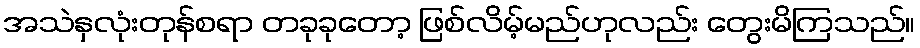
အသဲနှလုံးတုန်စရာ တခုခုတော့ ဖြစ်လိမ့်မည်ဟုလည်း တွေးမိကြသည်။